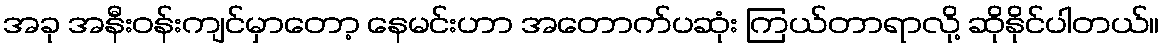
အခု အနီးဝန်းကျင်မှာတော့ နေမင်းဟာ အတောက်ပဆုံး ကြယ်တာရာလို့ ဆိုနိုင်ပါတယ်။